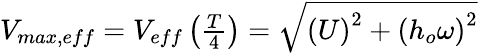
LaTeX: \begin{array}{r}{V_{max,eff}=V_{eff}\left(\frac{T}{4}\right)=\sqrt{\left(U\right)^{2}+\left(h_{o}\omega\right)^{2}}}\end{array}